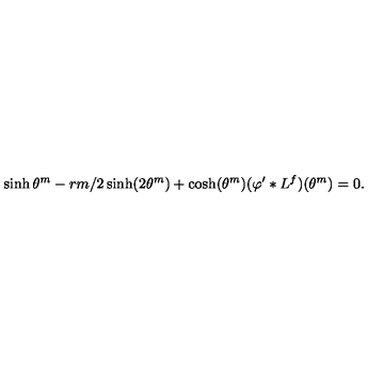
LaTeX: \sinh \theta ^ { m } - r m / 2 \sinh ( 2 \theta ^ { m } ) + \cosh ( \theta ^ { m } ) ( \varphi ^ { \prime } \ast L ^ { f } ) ( \theta ^ { m } ) = 0 .